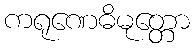
ကရုဏေဓိမုတ္တော